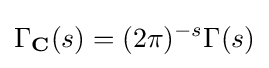
\Gamma _{\mathbf {C} }(s)=(2\pi )^{-s}\Gamma (s)